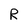
Character: R